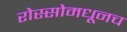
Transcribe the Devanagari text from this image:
रोस्सोमधूनच